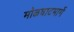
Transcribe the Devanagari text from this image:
मोळघाटमार्गे